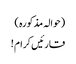
(حوالہ مذکورہ )
قارئیں کرام !